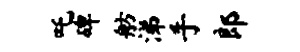
吒碑舫涕手郎